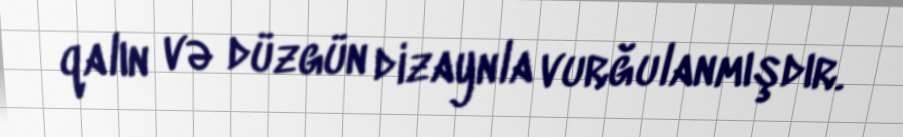
qalın və düzgün dizaynla vurğulanmışdır.